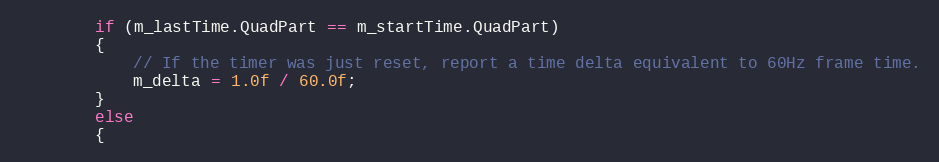
Language: C
        if (m_lastTime.QuadPart == m_startTime.QuadPart)
        {
            // If the timer was just reset, report a time delta equivalent to 60Hz frame time.
            m_delta = 1.0f / 60.0f;
        }
        else
        {